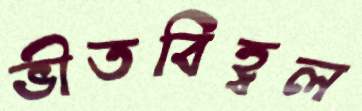
ভীতবিহ্বল